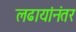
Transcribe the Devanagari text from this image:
लढायांनंतर